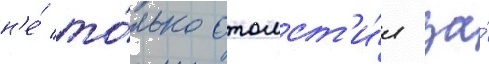
н'е́ то́лько отомст'и́л за́